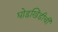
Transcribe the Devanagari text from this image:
घोडखिंडीची